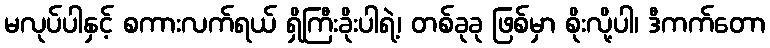
မလုပ်ပါနှင့် စကားလက်ရယ် ရှိကြီးခိုးပါရဲ့၊ တစ်ခုခု ဖြစ်မှာ စိုးလို့ပါ၊ ဒီကက်တော